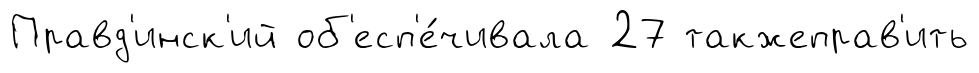
Правд'инск'ий об'есп'е́чивала 27 такжеправ'ить